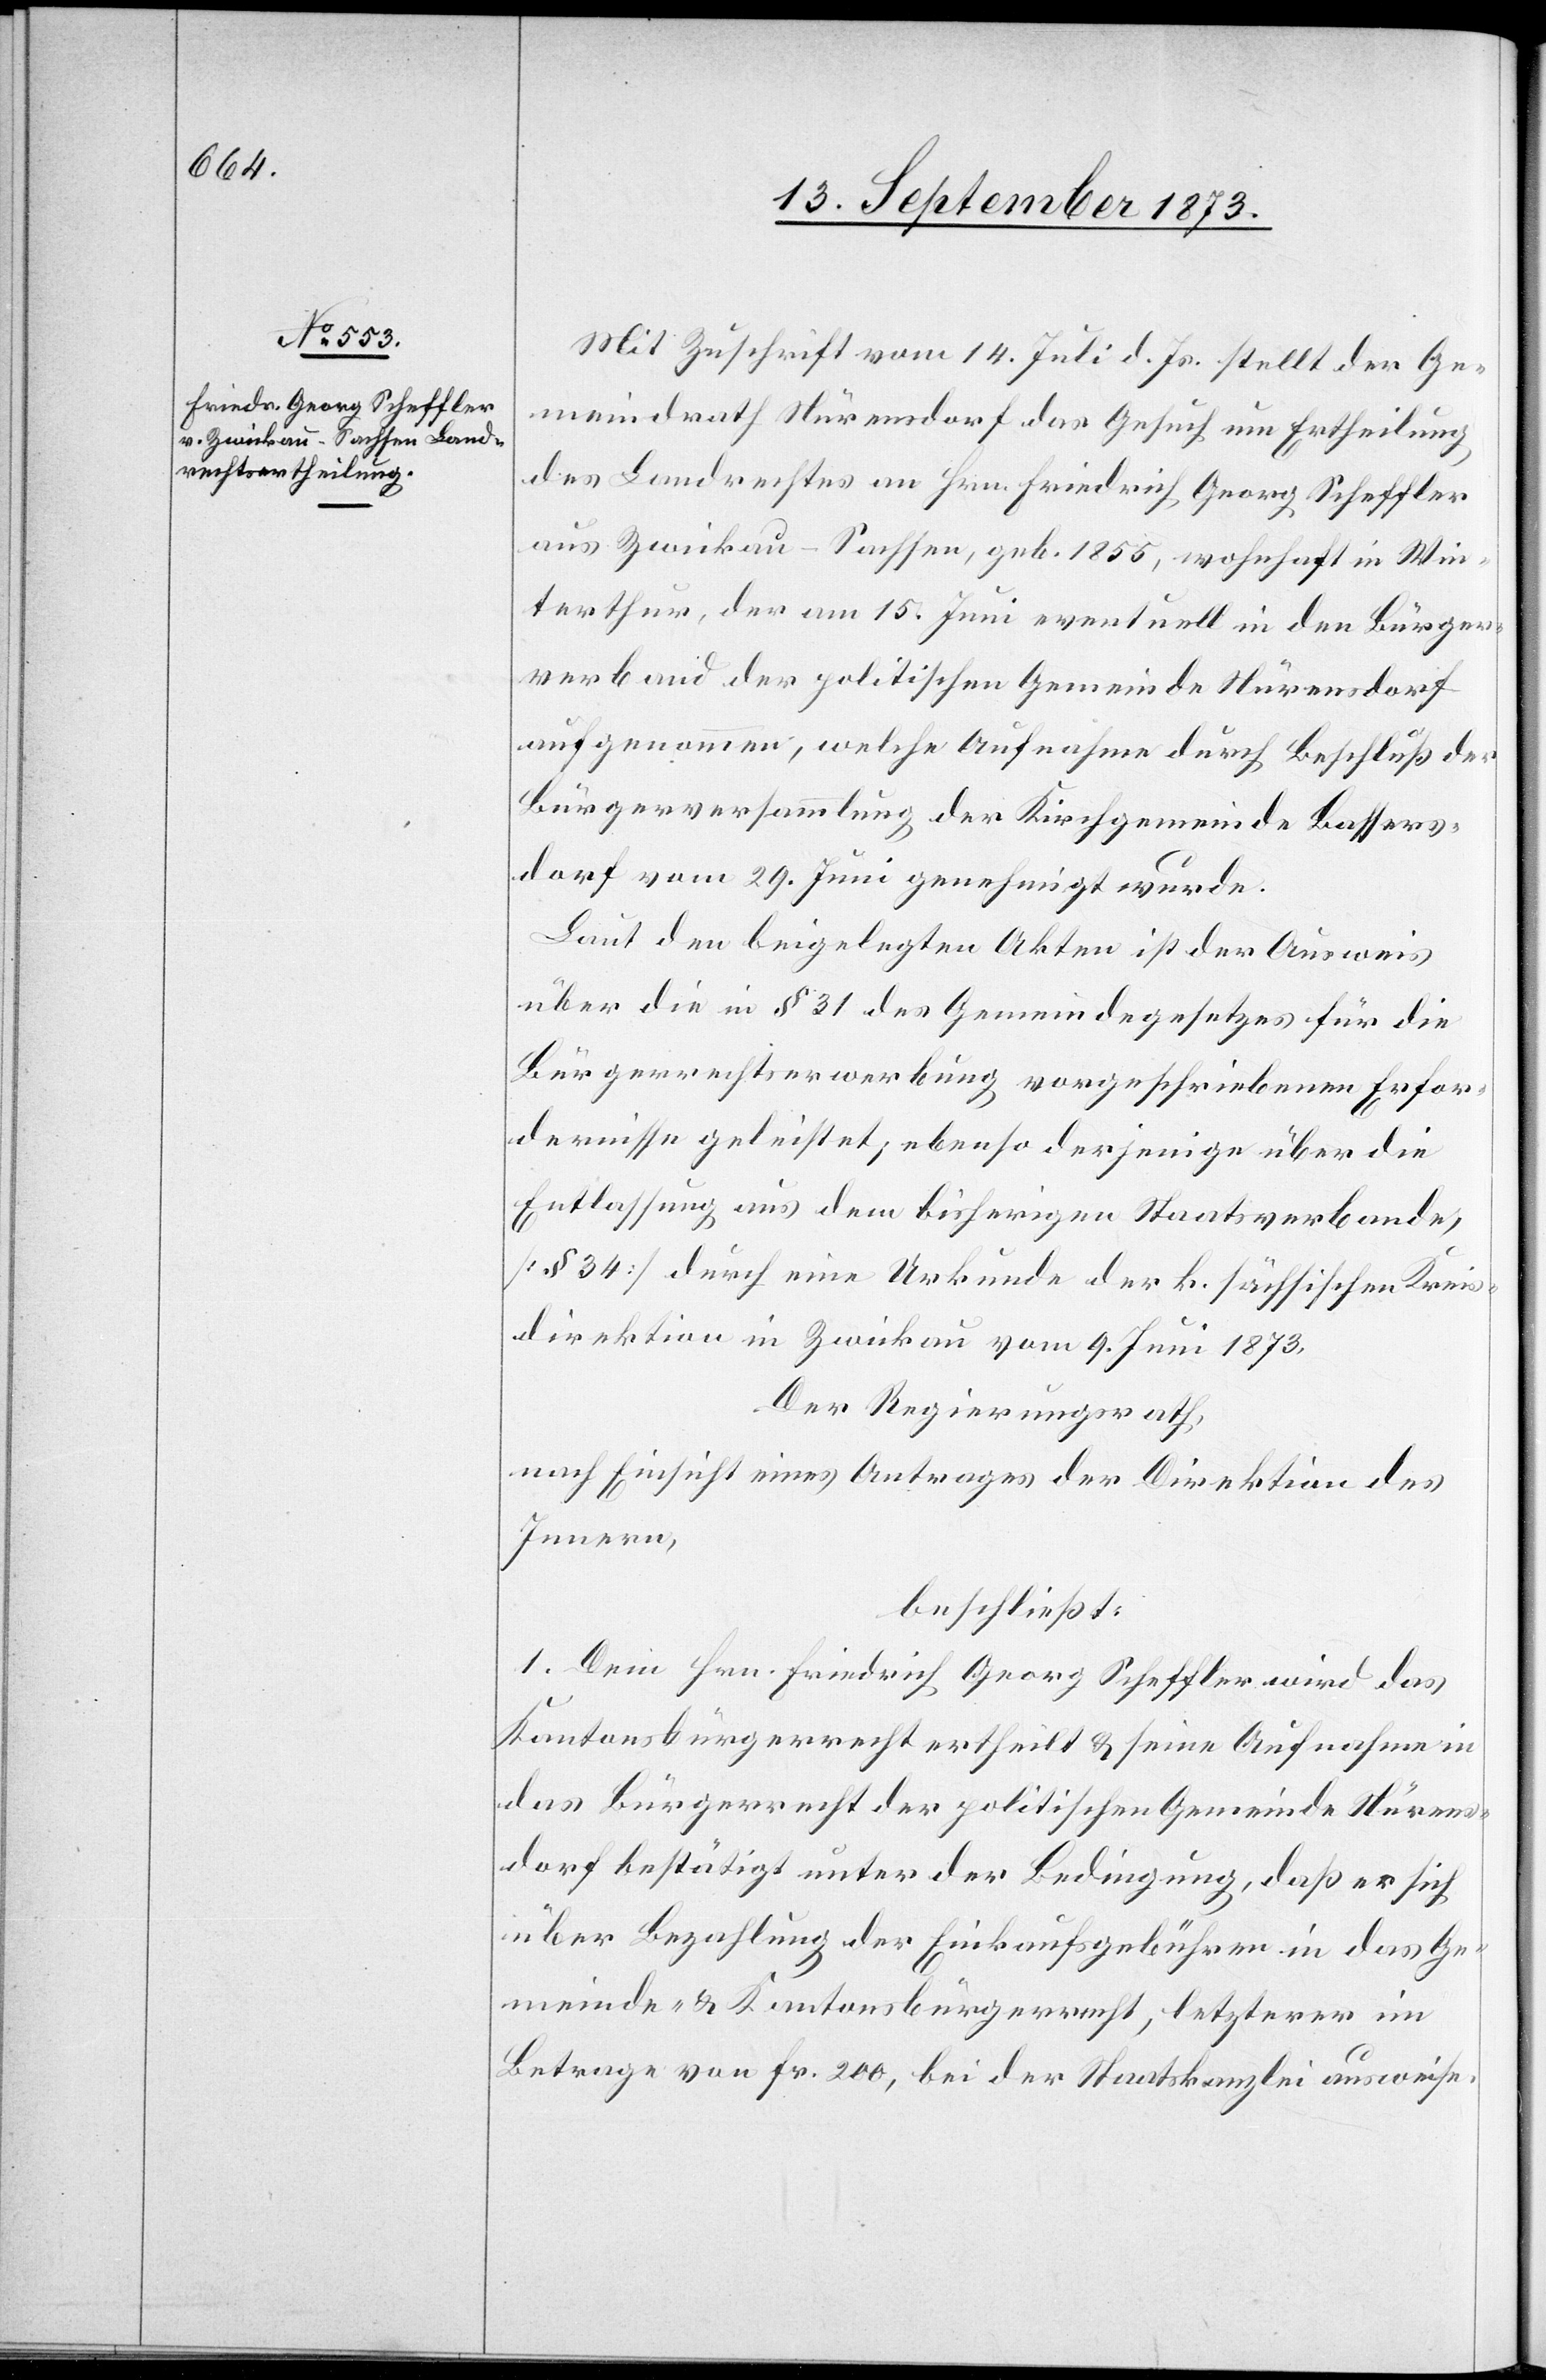
Mit Zuschrift vom 14. Juli d. Js. stellt der Ge¬
meindrath Nürensdorf das Gesuch um Ertheilung
des Landrechtes an Hrn. Friedrich Georg Scheffler
aus Zwickau-Sachsen, geb. 1855, wohnhaft in Win¬
terthur, der am 15. Juni eventuell in den Bürger¬
verband der politischen Gemeinde Nürensdorf
aufgenommen, welche Aufnahme durch Beschluß der
Bürgerversammlung der Kirchgemeinde Bassers¬
dorf vom 29. Juni genehmigt wurde.
Laut den beigelegten Akten ist der Ausweis
über die in § 31 des Gemeindegesetzes für die
Bürgerrechtserwerbung vorgeschriebenen Erfor¬
dernisse geleistet; ebenso derjenige über die
Entlassung aus dem bisherigen Staatsverbande,
[§ 34] durch eine Urkunde der k. sächsischen Kreis¬
direktion in Zwickau vom 9. Juni 1873.
Der Regierungsrath,
nach Einsicht eines Antrages der Direktion des
Innern,
beschließt:
1. Dem Hrn. Friedrich Georg Scheffler wird das
Kantonsbürgerrecht ertheilt & seine Aufnahme in
das Bürgerrecht der politischen Gemeinde Nürens¬
dorf bestätigt unter der Bedingung, daß er sich
über Bezahlung der Einkaufsgebühren in das Ge¬
meinde- & Kantonsbürgerrecht, letzterer im
Betrage von Fr. 200, bei der Staatskanzlei ausweise.